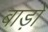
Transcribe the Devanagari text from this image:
बाड़ो